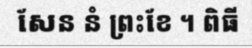
សែន នំ ព្រះខែ ។ ពិធី